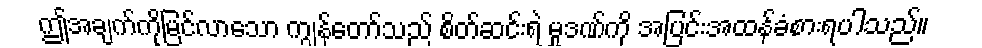
ဤအချက်ကိုမြင်လာသော ကျွန်တော်သည် စိတ်ဆင်းရဲ မှုဒဏ်ကို အပြင်းအထန်ခံစားရပါသည်။